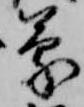
蒙